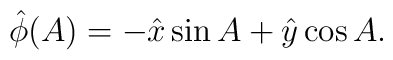
\hat \phi (A)=-\hat x\sin{A}+\hat y\cos{A}.